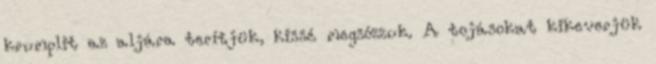
krumplit az aljára terítjük, kissé megsózzuk. A tojásokat kikeverjük